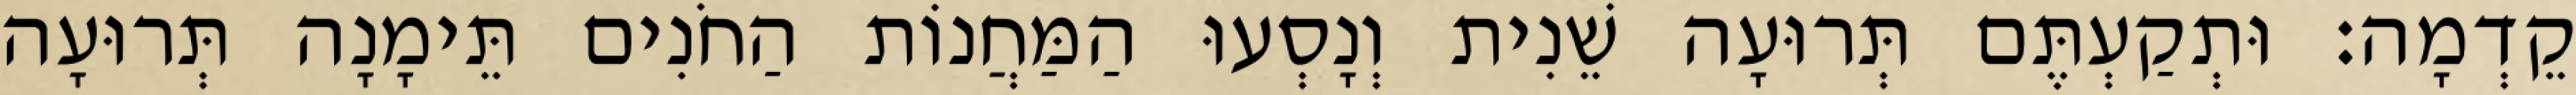
קֵדְמָה׃ וּתְקַעְתֶּם תְּרוּעָה שֵׁנִית וְנָסְעוּ הַמַּחֲנוֹת הַחֹנִים תֵּימָנָה תְּרוּעָה